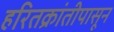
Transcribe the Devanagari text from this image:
हरितक्रांतीपासून